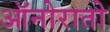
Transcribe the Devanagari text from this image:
ऑनोरातो